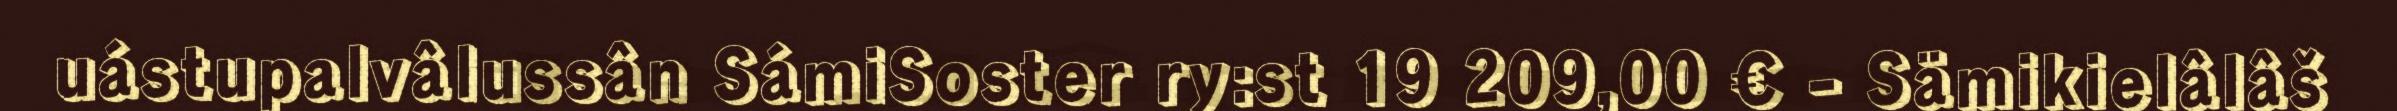
uástupalvâlussân SámiSoster ry:st 19 209,00 € - Sämikielâlâš